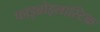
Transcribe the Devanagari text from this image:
फाइब्रोइलास्टिक